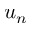
u _ { n }